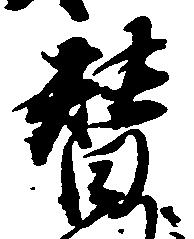
替